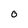
Character: 0